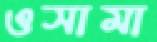
ওসামা